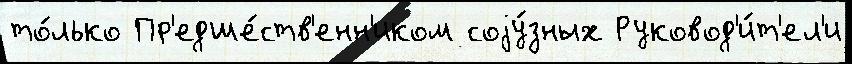
то́лько Пр'едше́ств'енн'иком соjу́зных Руковод'и́т'ел'и